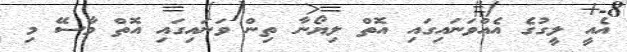
އެއީ ލީގުގެ އެއްވަނައިގައި އޮތް ލިޔޯނާ ތިން ވަނައިގައި އޮތް މާސޭ މި